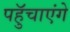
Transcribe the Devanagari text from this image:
पहुॅचाएंगे